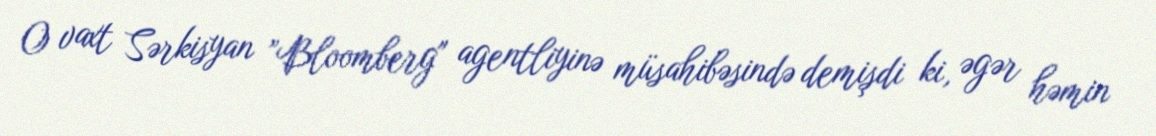
O vaxt Sərkisyan ”Bloomberg" agentliyinə müsahibəsində demişdi ki, əgər həmin